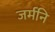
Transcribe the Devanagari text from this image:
जर्मनि